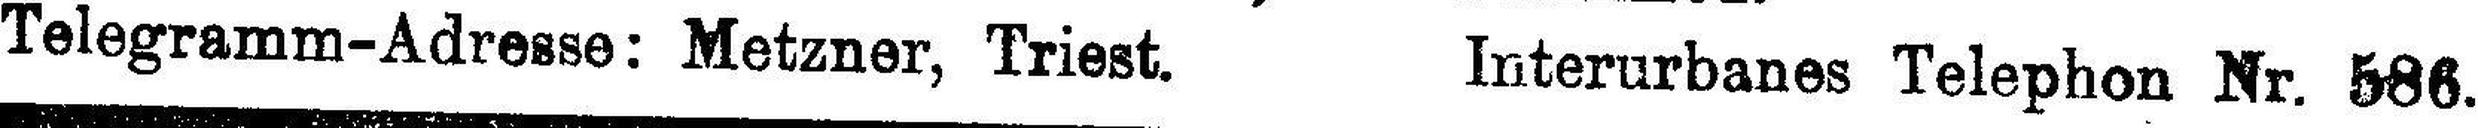
Telegramm-Adresse: Metzner, Triest. Interurbanes Telephon Nr. 586.